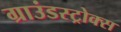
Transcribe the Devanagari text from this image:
ग्राउंडस्ट्रोक्स